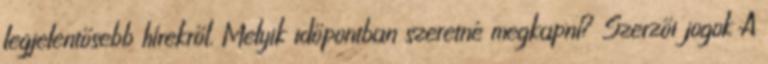
legjelentősebb hírekről. Melyik időpontban szeretné megkapni? Szerzői jogok A